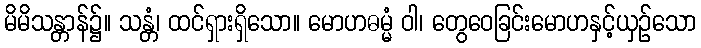
မိမိသန္တာန်၌။ သန္တံ၊ ထင်ရှားရှိသော။ မောဟဓမ္မံ ဝါ၊ တွေဝေခြင်းမောဟနှင့်ယှဉ်သော